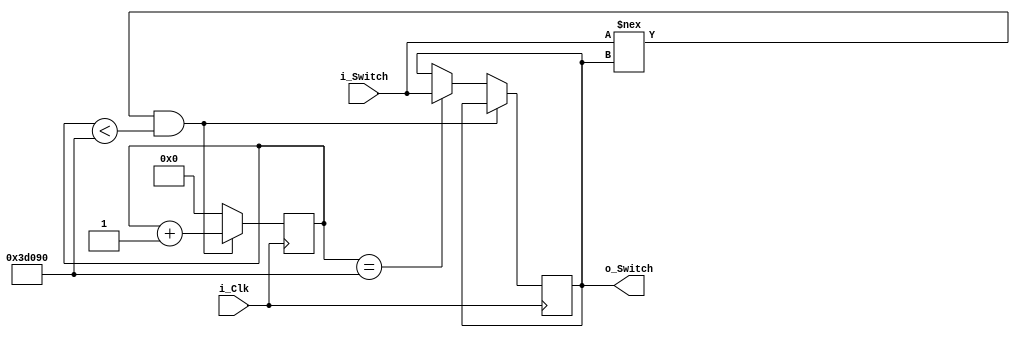
module DebounceSwitch
    (input i_Clk,
     input i_Switch,
     output o_Switch);
     
     parameter c_DEBOUNCE_LIMIT = 250000; //10milliseconds at 25Mhz, 2500000 Clock Cycles
     
     reg r_State = 1'b0;
     reg [17:0] r_Count = 0; //2^18 = 262144 17 downto 0
     
     always @ (posedge i_Clk)
     begin
        if (i_Switch !== r_State && r_Count < c_DEBOUNCE_LIMIT)
            r_Count <= r_Count + 1; //Counter
        else if (r_Count == c_DEBOUNCE_LIMIT)
            begin
                r_State <= i_Switch;
                r_Count <= 0;
            end
        else
            r_Count <= 0;
     end
     
     assign o_Switch = r_State;
     
endmodule